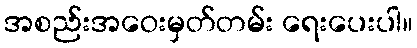
အစည်းအဝေးမှတ်တမ်း ရေးပေးပါ။